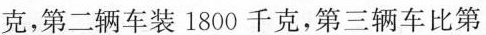
克，第二辆车装1800千克，第三辆车比第